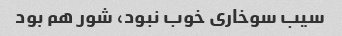
سیب سوخاری خوب نبود، شور هم بود